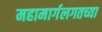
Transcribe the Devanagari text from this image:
महामार्गलगतच्या